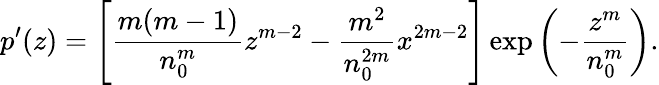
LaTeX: p^{\prime}(z)=\left[\frac{m(m-1)}{n_{0}^{m}}z^{m-2}-\frac{m^{2}}{n_{0}^{2m}}x^{2m-2}\right]\exp\left(-\frac{z^{m}}{n_{0}^{m}}\right).